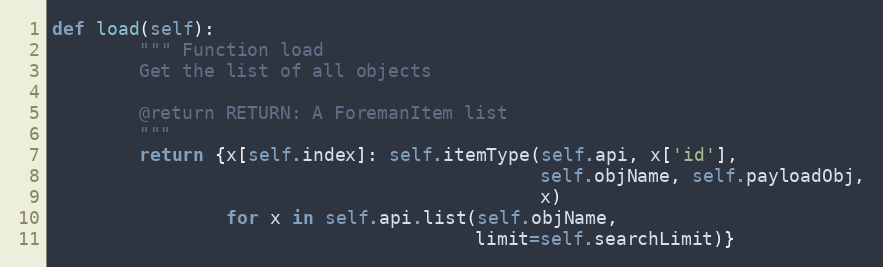
Language: Python
def load(self):
        """ Function load
        Get the list of all objects

        @return RETURN: A ForemanItem list
        """
        return {x[self.index]: self.itemType(self.api, x['id'],
                                             self.objName, self.payloadObj,
                                             x)
                for x in self.api.list(self.objName,
                                       limit=self.searchLimit)}